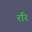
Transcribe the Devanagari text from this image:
ररि